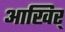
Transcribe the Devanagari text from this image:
आखिर्